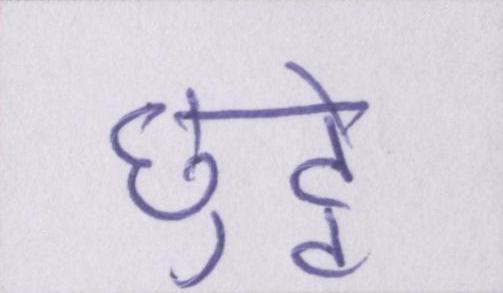
छुट्टे